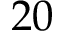
2 0